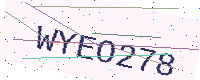
Text: WYEO278